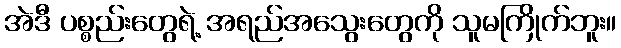
အဲဒီ ပစ္စည်းတွေရဲ့ အရည်အသွေးတွေကို သူမကြိုက်ဘူး။